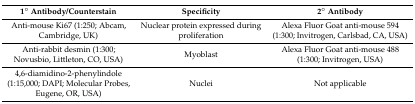
<table><thead><tr><td><b>1° Antibody/Counterstain</b></td><td><b>Specificity</b></td><td><b>2° Antibody</b></td></tr></thead><tbody><tr><td>Anti-mouse Ki67 (1:250; Abcam, Cambridge, UK)</td><td>Nuclear protein expressed during proliferation</td><td>Alexa Fluor Goat anti-mouse 594 (1:300; Invitrogen, Carlsbad, CA, USA)</td></tr><tr><td>Anti-rabbit desmin (1:300; Novusbio, Littleton, CO, USA)</td><td>Myoblast</td><td>Alexa Fluor Goat anti-mouse 488 (1:300; Invitrogen, USA)</td></tr><tr><td>4,6-diamidino-2-phenylindole (1:15,000; DAPI; Molecular Probes, Eugene, OR, USA)</td><td>Nuclei</td><td>Not applicable</td></tr></tbody></table>